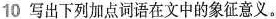
10 写出下列加点词语在文中的象征意义。